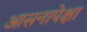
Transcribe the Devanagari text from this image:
आसनापेक्षा